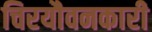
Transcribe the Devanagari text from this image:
चिरयौवनकारी